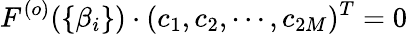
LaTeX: F^{(o)}(\{ \beta_{i}\} )\cdot(c_{1},c_{2},\cdots,c_{2M})^{T}=0